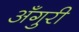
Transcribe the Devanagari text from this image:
अँगुरी